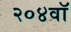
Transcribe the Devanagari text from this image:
२०४वॉ